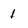
Character: 1